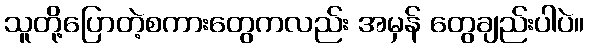
သူတို့ပြောတဲ့စကားတွေကလည်း အမှန် တွေချည်းပါပဲ။